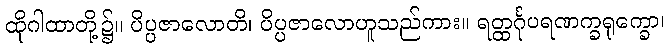
ထိုဂါထာတို့၌။ ပိပ္ပဇာလောတိ၊ ပိပ္ပဇာလောဟူသည်ကား။ ရတ္ထင်္ဂုပရဏက္ခရုက္ခော၊